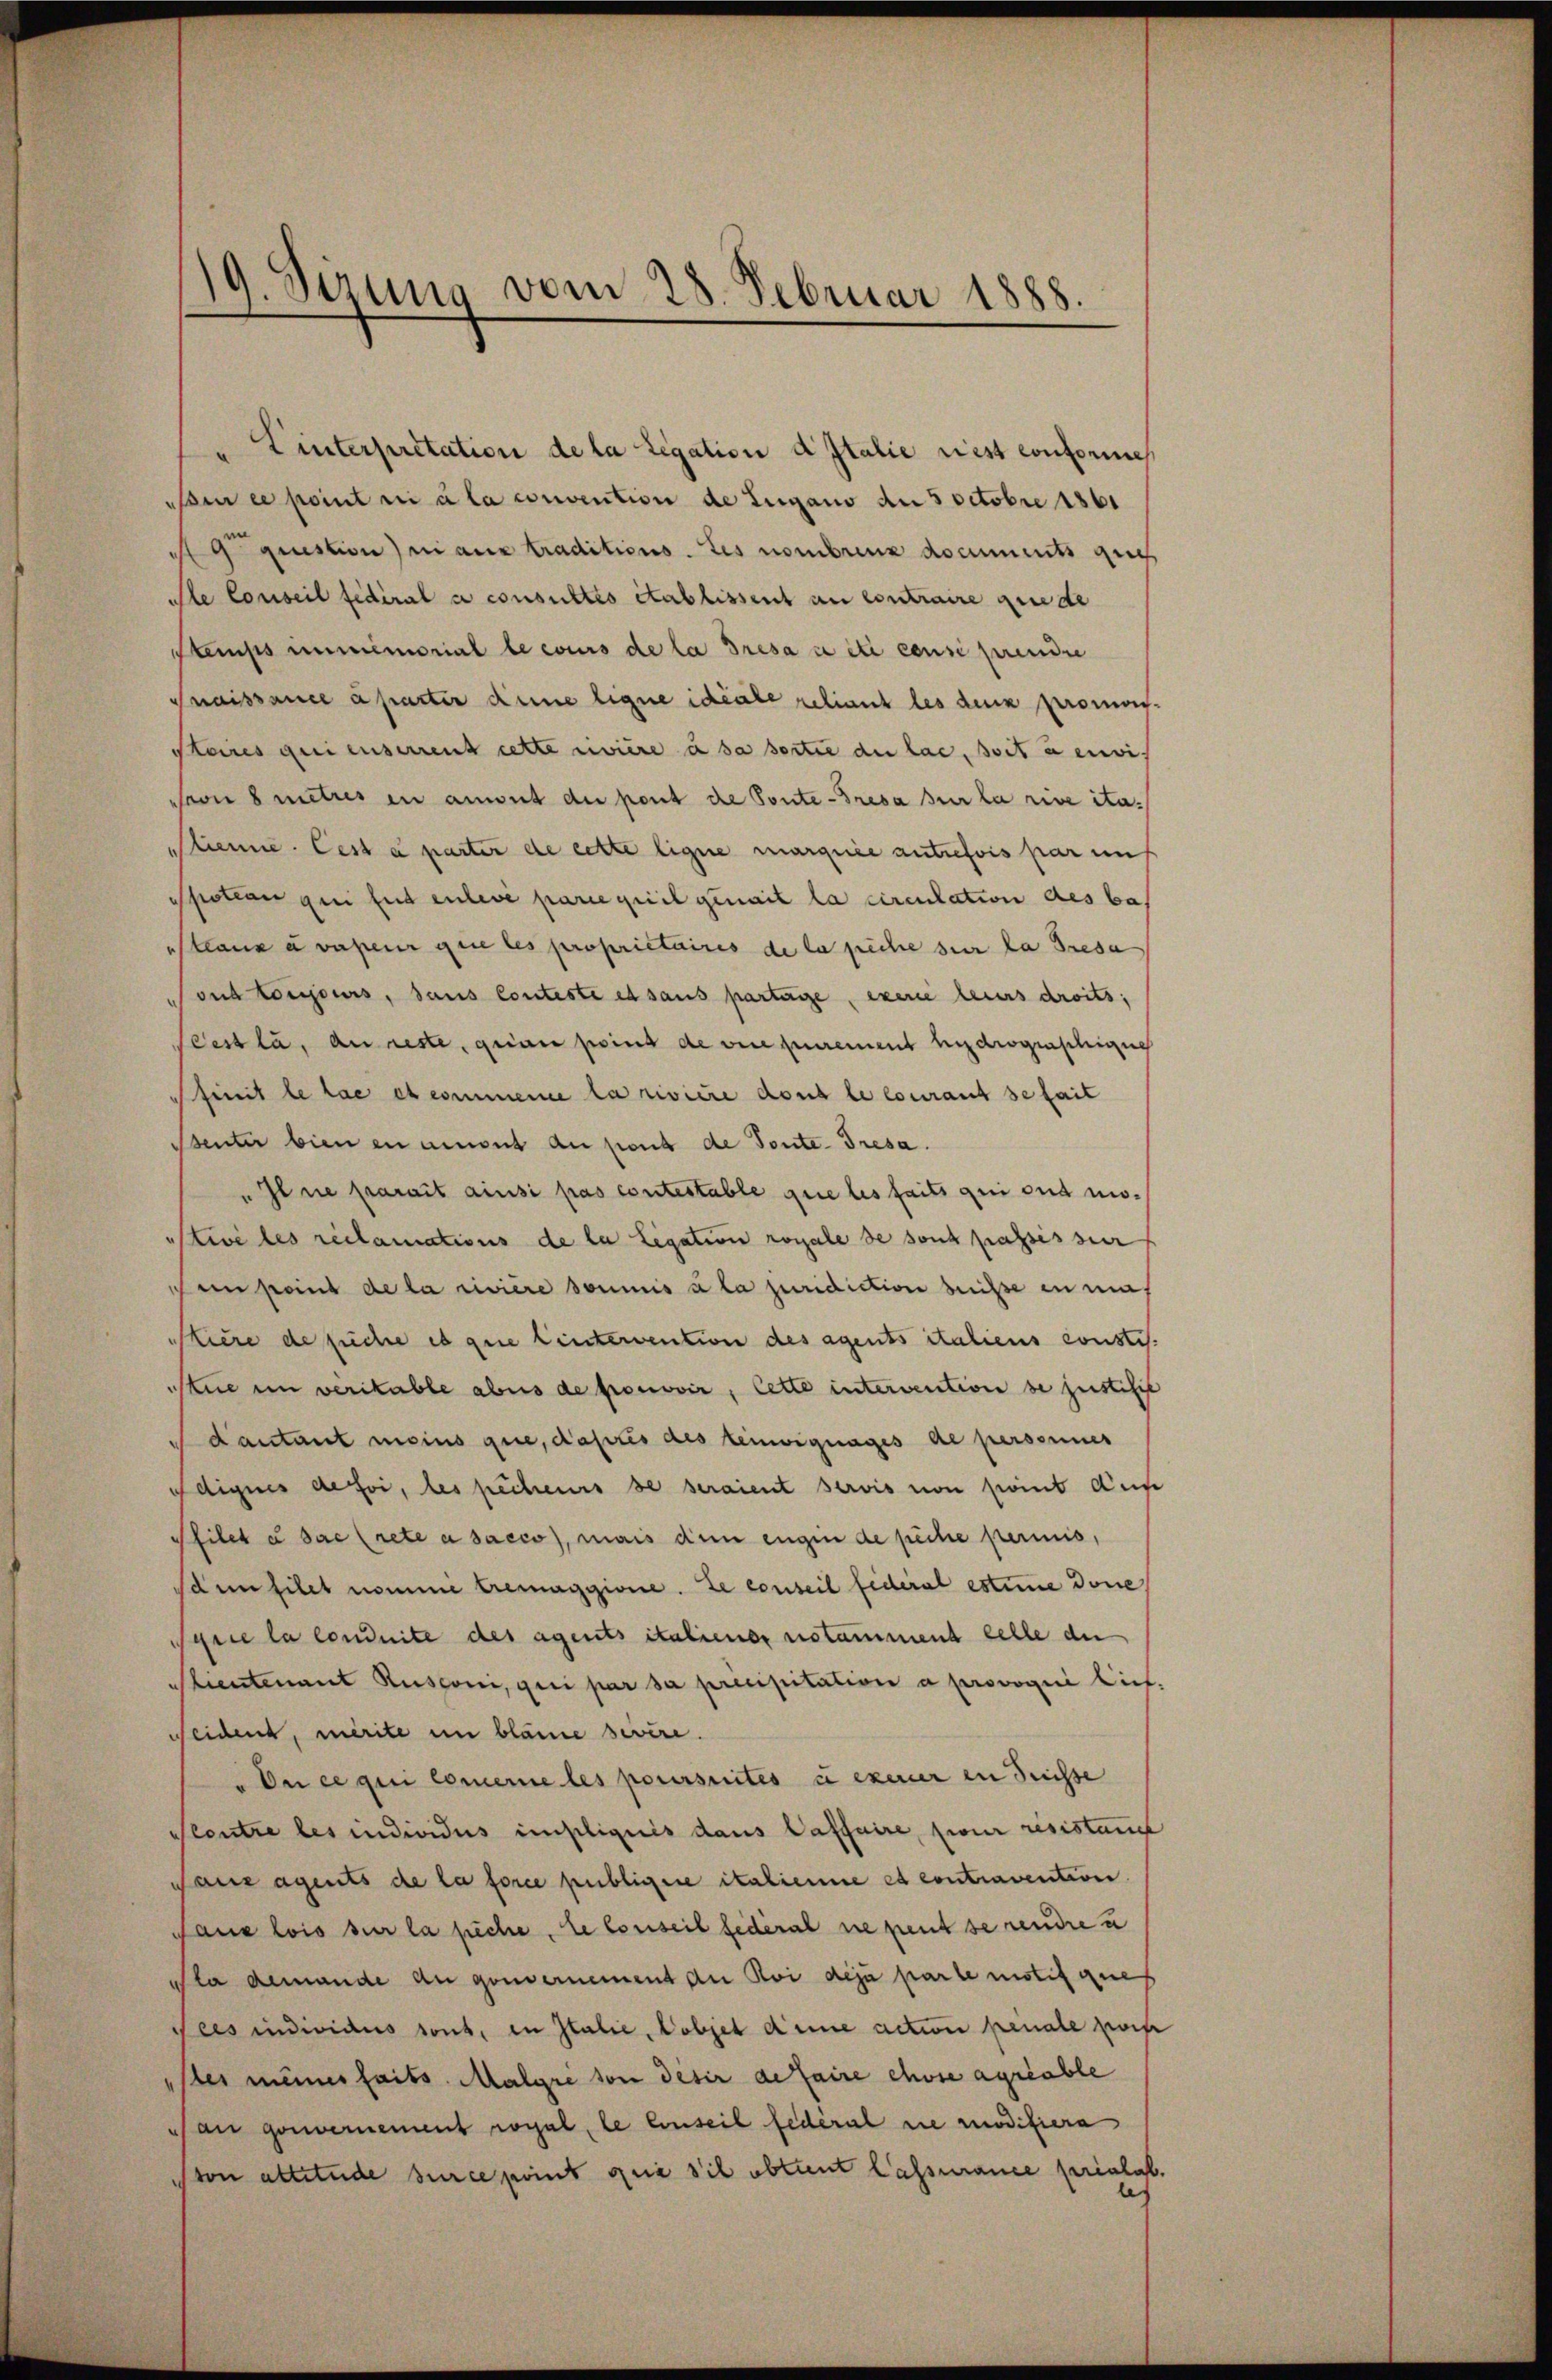
19. Sirung vom 28. Februar 1888.

" Linterpretation de la Legation d Italie riest conforme
si ce point ni a la convention de Lugano am 3 Octobre 1861
 question ni aux traditions. Les nombrenz documents gut
ile Conseil fédéral se consultés établissent an contraire quede
Stemps immemorial le cours de la Tresa a été censi prendre
Snaissance a partir dene ligne ideale reliant les denk promo
Staires qui enserrent cette rivière à sa sortie du las, soit à envis
seon 8 metris in anmut du port die Ponte Presa sur la rive ita¬
Mtienne. Cest à parter de cette ligne marquée autrefois par uns
Spotion qui fut enlevé parie pril genait la circulation des ba
Steaux a valeur que les propriétaires de la pêche sur la Presa
ous toujours, dans Conteste es sans partage, exerce leurs droits,
Ccest la, au reste, qua point de vice purement hydrograschiges
feit le lae et commene la rivière dont le courant se fait
sentir bien en amont au pour de Toute- Tresa.
"Il ne parait ainsi pas contestable que les faits qui ont misstive les reclamations de la Legation royale de sont passessier
Dein point de la rivière soumis à la juridiction heiße in ein¬
Stiere de suche et que hintervention des agents italiens constis.
Atue im verikable abus de promovir, Cette intervention de justifie
dautant meins que, dass des Leinvignages de personnes
fdignis de foi, les pechens de seraient servis von Point dur
Pfilet u. sac (rete a Sacco, mais dem engen de piche perinis,
sdin filet nomme tremaggione. Le conseil fideral estime done
Serie la conduite des agents italiener notammend celle du
Kientenant Rusconi, qui par sa precipitation a provoqui lies
seidend, merite in bläme sivere.
"Dn ce qui comerie les poursuites u exerer in Suisse
plantre les individus impliquis dans Caffaire, sieur resistant
Pauz agents de la force publigere italienne et contravention.
Paue lois sur la preche, le Conseil Federal ne peut se rendre u
Pla demande du gouvernement an Roi déjà parte mistif ques
Pees individus sont, in Italie, Cobjet deine action penale zwis
stes meiner faits. Malgre son desir de faire chose agriable
an gouvernement rogal, le Conseil federal sie modifiera
ton altetude surce point que sich obtient Cassance préalab
ch